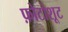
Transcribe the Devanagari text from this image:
फ़ोटोशूट